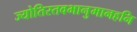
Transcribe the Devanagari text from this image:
ज्योतिस्तवभानुमानहनि